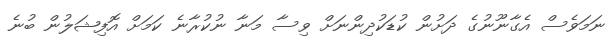
ނަމަވެސް އެގާނޫނުގެ ދަށުން ކުޑަކުދިންނަށް ވިސާ މަނާ ނުކުރާނެ ކަމަށް އޮފިޝަލުން ބުނެ